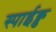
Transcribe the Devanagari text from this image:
स्पाईक्ड